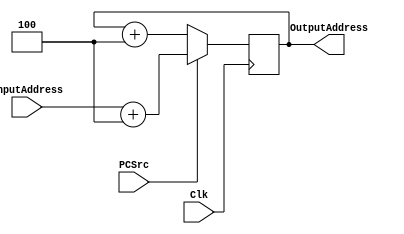
module PC(Clk,InputAddress,PCSrc,OutputAddress);
input wire Clk;
input wire [31:0]InputAddress;
input wire PCSrc;
output reg [31:0]OutputAddress;

//initial begin InputAddress<=0; end              take care
initial begin OutputAddress<=0; end           
always@(posedge Clk)
begin
if(PCSrc==1) begin OutputAddress<=(InputAddress+4); end
else begin OutputAddress <= OutputAddress + 4; end
end

endmodule 

module InstMem(Clk,PCaddress,WriteData/*From file!*/,ReadData,WriteEnable);

input wire Clk;
input wire[31:0]PCaddress ;
input wire[31:0]WriteData/*From file!*/;
output reg [31:0] ReadData;
parameter MemDepth = (2**8)-1;
reg [31:0] InstrucionMem [0:MemDepth];
input wire  WriteEnable;
integer i;

/*

00000010001101001000100000100000
00000010101100011010100000100010


*/
initial begin 	for(i=0;i<(2**8);i=i+1) begin InstrucionMem[i]<=0; end 
		//InstrucionMem[3]  <= 32'b000000_10001_10010_01000_00000_100000;//add $t0, $s0, $s1 ->t0=35
		//InstrucionMem[4]  <= 32'b000000_01000_01011_01100_00000100010;//sub $t4,$t0,$t3
		
		//InstrucionMem[5]  <= 32'b000000_01000_01000_01000_00000_100000;//add $t0, $t0,$t0 ->t0=47

		//InstrucionMem[3]  <= 32'b00000010010100111000100000100000;//add $s1, $s2, $s3
		//InstrucionMem[4]  <= 32'b00000010001101001000100000100000; //add $s1, $s1, $s4
		//InstrucionMem[5]  <= 32'b000000_10101_10001_10101_00000100010; //sub $s5, $s5, $s1
		//InstrucionMem[3] <= 32'b00000010010100111000100000100000;//add	$1, $2, $3
		//InstrucionMem[6]  <= 32'b10101110100100010000000000000000;//sw	 $4, 0($1)
		//InstrucionMem[3]  <= 32'b10001110010100010000000000000000;
		InstrucionMem[3]  <= 32'b00000010010100111000100000100000;
		InstrucionMem[4]  <= 32'b00000010101101101010000000100010;//sw $t0,0($s1) 
		InstrucionMem[5]  <= 32'b00000010000100010110100000100000;//lw $s0, 17(0)
		
		InstrucionMem[6]  <= 32'b00000001001010100100000000100000; //sw $t0,0($t0)
		



end


//always @(posedge Clk) begin if(WriteEnable) begin InstrucionMem[PCaddress>>2] <= WriteData;end end

always @(posedge Clk) begin ReadData <= InstrucionMem[PCaddress>>2];end //Read from InstMem @ negedge

endmodule

module FetchStage(Clk,WriteData,ReadData,WriteEnable,InputAddress,OutputAddress,PCSrc);
input wire Clk;
input wire [31:0]WriteData;
input wire WriteEnable;
output wire [31:0]ReadData;
input wire [31:0]InputAddress;
input wire PCSrc;
output wire [31:0]OutputAddress;
PC PC1(Clk,InputAddress,PCSrc,OutputAddress);
InstMem MyInst(Clk,OutputAddress,WriteData/*From file!*/,ReadData,WriteEnable);
endmodule